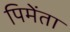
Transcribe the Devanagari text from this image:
पिमेंता